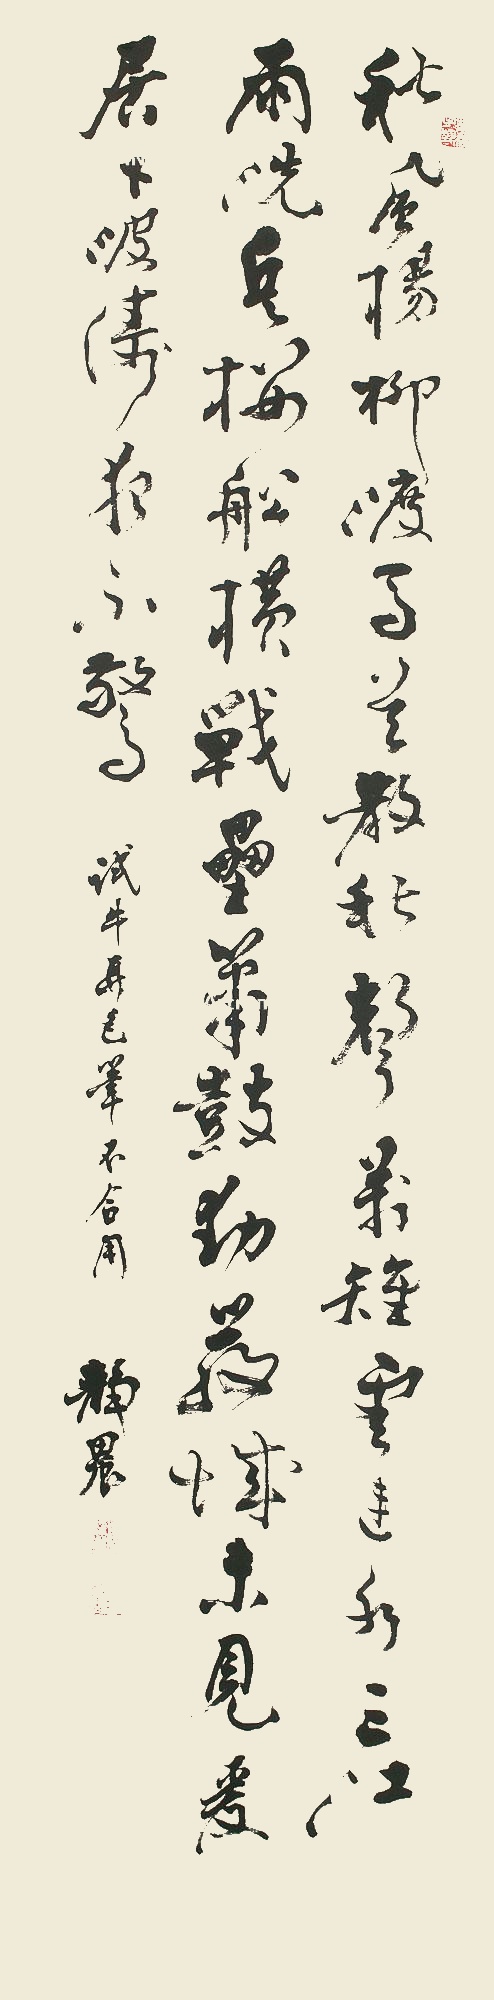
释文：秋风杨柳渡，马首散秋声。万雉云连水，三江雨洗兵。楼舩横战垒，箫鼓动严城。未见爰居下，波涛夜不惊。试牛耳毛笔不合用，静农。